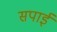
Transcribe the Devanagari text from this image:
सपाई